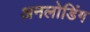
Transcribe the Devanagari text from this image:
अनलोडिंग